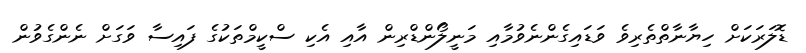
ޑޮލަރަކަށް ހިޔާނާތްތެރިވެ ވަޑައިގެންނެވުމާއި މަނީލޯންޑްރިން އާއި އެކި ސްކީމްތަކުގެ ފައިސާ ވަގަށް ނެންގެވުން